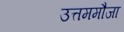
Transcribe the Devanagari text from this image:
उत्तममौजा